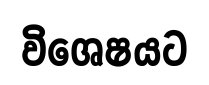
විශෙෂයට